65_HS1-834228961_62-HQ-83894_Section_3
Agency: FBI
Page 51
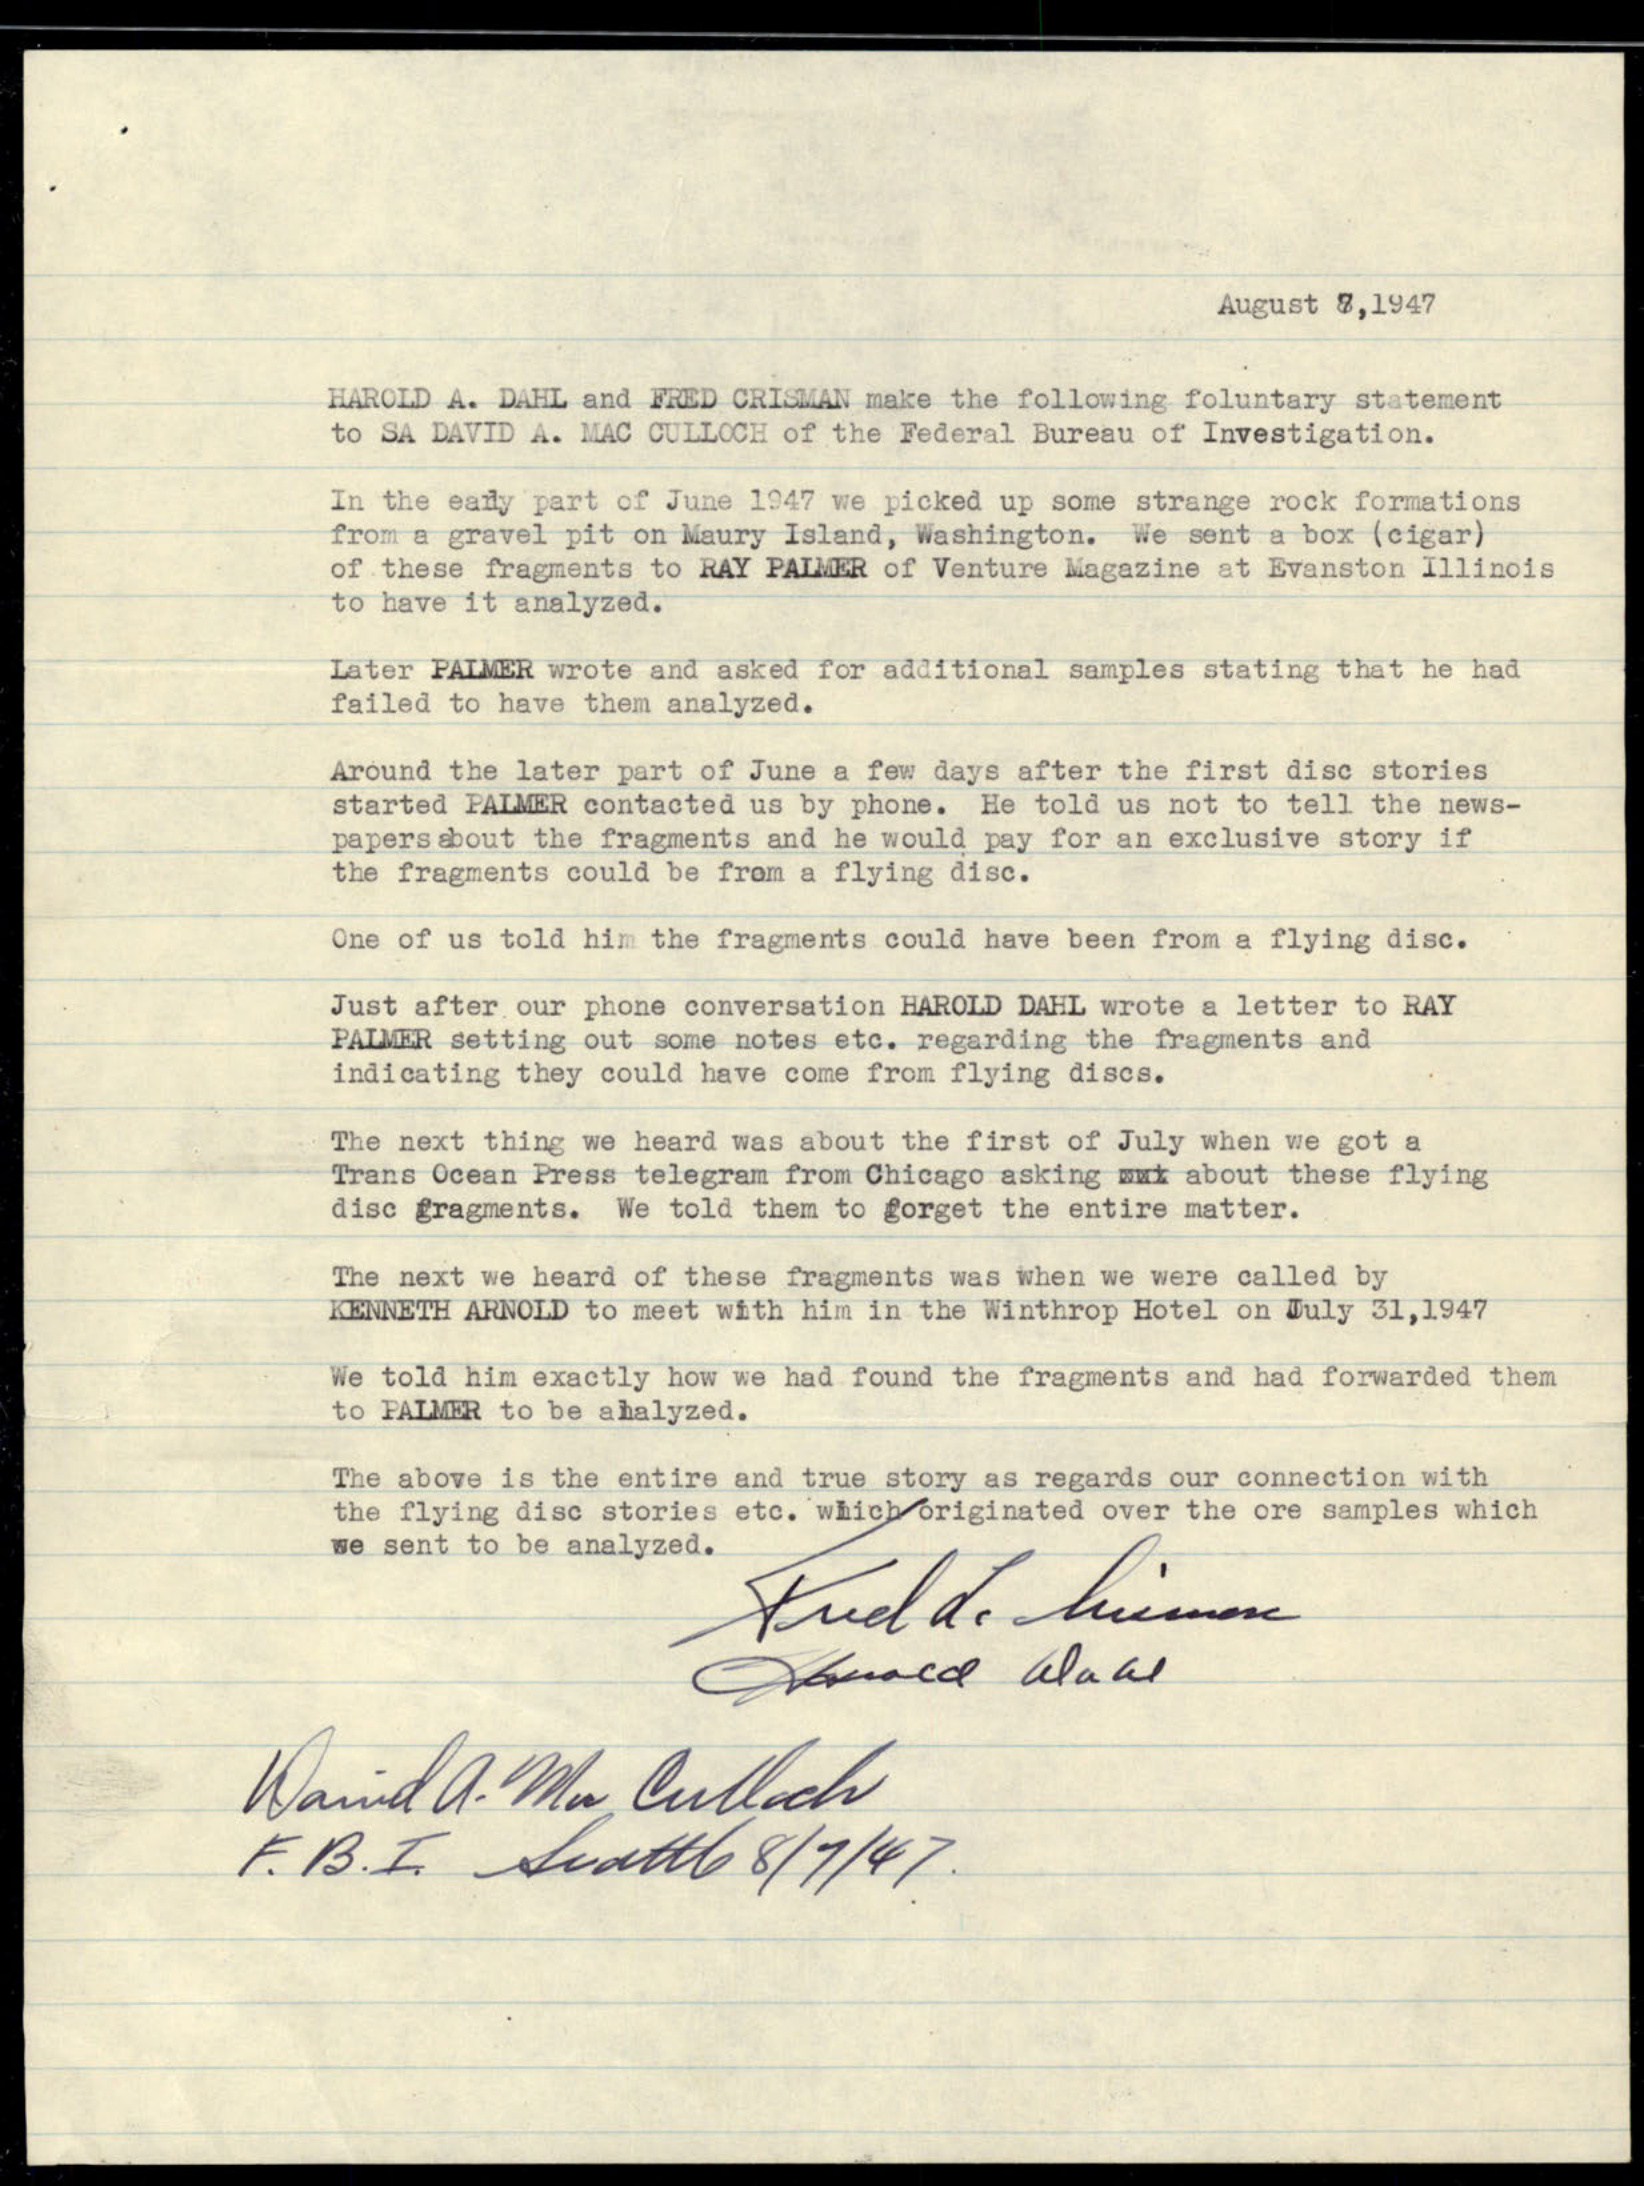